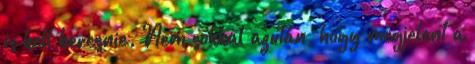
is kell keresnie. Nem sokkal azután, hogy megjelent a